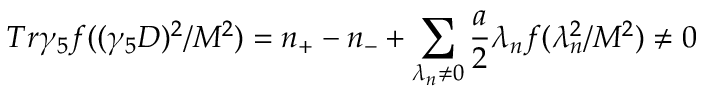
T r \gamma _ { 5 } f ( ( \gamma _ { 5 } D ) ^ { 2 } / M ^ { 2 } ) = n _ { + } - n _ { - } + \sum _ { \lambda _ { n } \neq 0 } \frac { a } { 2 } \lambda _ { n } f ( \lambda _ { n } ^ { 2 } / M ^ { 2 } ) \neq 0